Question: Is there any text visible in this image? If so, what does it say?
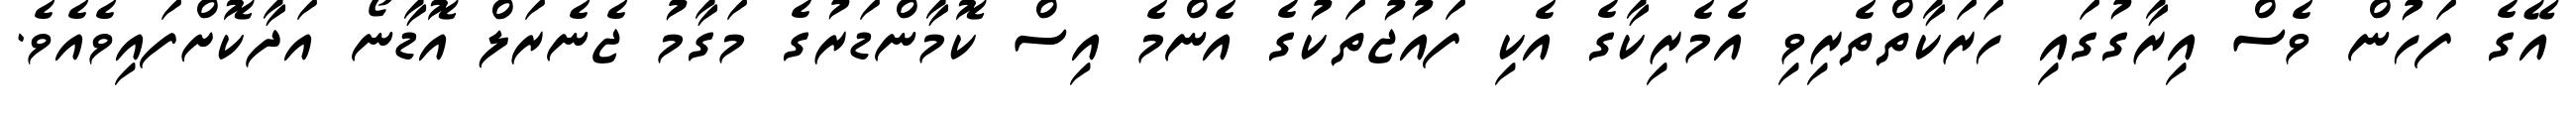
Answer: އޭގެ ފަހުން ވެސް އިރާގުގައި ހަރަކާތްތެރިވި އެމެރިކާގެ އެކި ފައުޖުތަކުގެ އެންމެ އިސް ކޮމާންޑަރުގެ މަގާމު ޖެނެރަލް އޮޑާނޯ އަދާކޮށްފައިވެއެވެ.